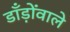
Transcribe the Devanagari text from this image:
डाँड़ोंवाले